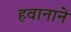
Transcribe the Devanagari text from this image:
हवानाने